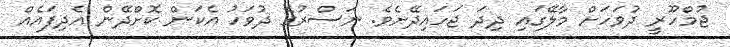
ޖުމްހޫރީ ދުވަހަށް މާލޭގައި ދިދަ ޖަހައިދޭށެވެ. ނަސްރުގެ ދުވަހު އެކަން ކޮށްދޭން އެދިފައެއް